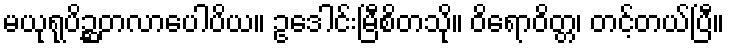
မယုရုပိဉ္ဆတလာပေါပိယ။ ဥဒေါင်းမြီစိတသို။ ဝိရောဝိတ္တ၊ တင့်တယ်ပြီ။